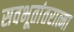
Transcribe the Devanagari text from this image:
सवभूतांतरात्मा